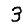
Digit: 3